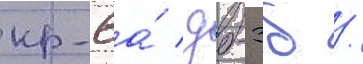
кр-6а́ / дб-3б /